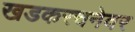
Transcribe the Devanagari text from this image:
खडकरचनेवर